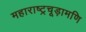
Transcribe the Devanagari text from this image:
महाराष्ट्रचूड़ामणि